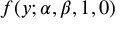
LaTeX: f ( y ; \alpha , \beta , 1 , 0 )